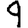
Digit: 9